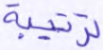
ترتيبة